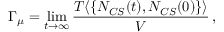
\Gamma _ { \mu } = \operatorname * { l i m } _ { t \rightarrow \infty } \frac { T \langle \{ N _ { C S } ( t ) , N _ { C S } ( 0 ) \} \rangle } { V } \, ,